Annual report on the Civil Veterinary Department, Burma (including the Insein Veterinary School) - 1932-1941
Year: 1932
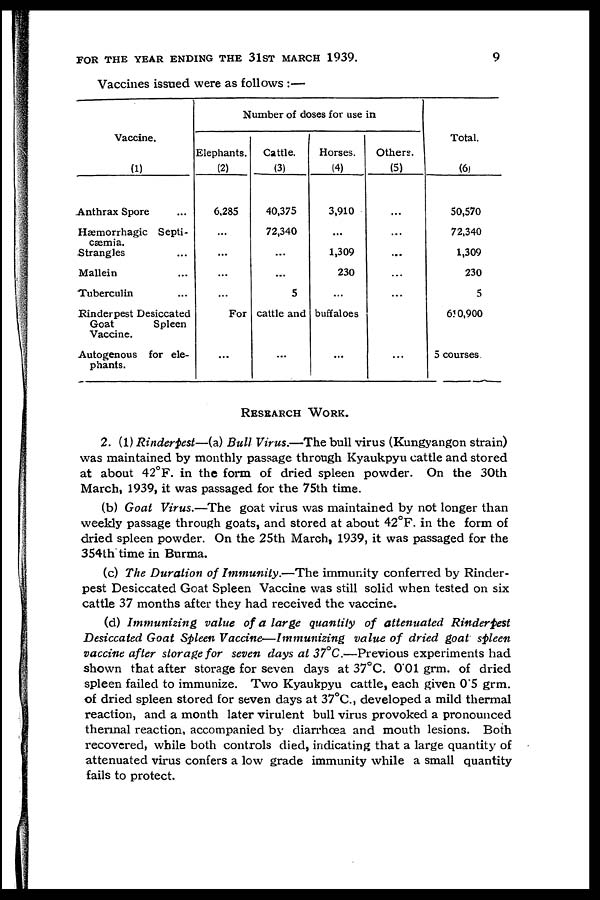
FOR THE YEAR ENDING THE 31ST MARCH 1939.
9
Vaccines issued were as follows :—
Vaccine.
(1)
Anthrax Spore ...
Hæmorrhagic Septi-
cæmia.
Strangles ...
Mallein ...
Tuberculin ...
Rinderpest Desiccated
Goat
Spleen
Vaccine.
Autogenous for ele-
phants.
Number of doses for use in
Elephants.
(2)
6,285
...
...
...
...
Cattle.
(3)
40,375
72,340
...
...
5
Horses.
(4)
3,910
...
1,309
230
...
For cattle and buffaloes
...
...
...
Others.
(5)
...
...
...
...
...
...
Total.
(6)
50,570
72,340
1,309
230
5
610,900
5 courses
RESEARCH "WORK.
2. (1) Rinderpest—(a) Bull Virus.—The bull virus (Kungyangon strain)
was maintained by monthly passage through Kyaukpyu cattle and stored
at about 42°F. in the form of dried spleen powder. On the 30th
March, 1939, it was passaged for the 75th time.
(b) Goat Virus.—The goat virus was maintained by not longer than
weekly passage through goats, and stored at about 42°F. in the form of
dried spleen powder. On the 25th March, 1939, it was passaged for the
354lh time in Burma.
(c) The Duration of Immunity.—The immunity conferred by Rinder-
pest Desiccated Goat Spleen Vaccine was still solid when tested on six
cattle 37 months after they had received the vaccine.
(d) Immunizing value of a large quantity of attenuated Rinderpest
Desiccated Goat Spleen Vaccine—Immunizing value of dried goat spleen
vaccine after storage for seven days at 37°C.—Previous experiments had
shown that after storage for seven days at 37°C. 0.01 grm. of dried
spleen failed to immunize. Two Kyaukpyu cattle, each given 0.5 grm.
of dried spleen stored for seven days at 37°C., developed a mild thermal
reaction, and a month later virulent bull virus provoked a pronounced
thermal reaction, accompanied by diarrhoea and mouth lesions. Both
recovered, while both controls died, indicating that a large quantity of
attenuated virus confers a low grade immunity while a small quantity
fails to protect.